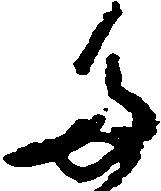
た